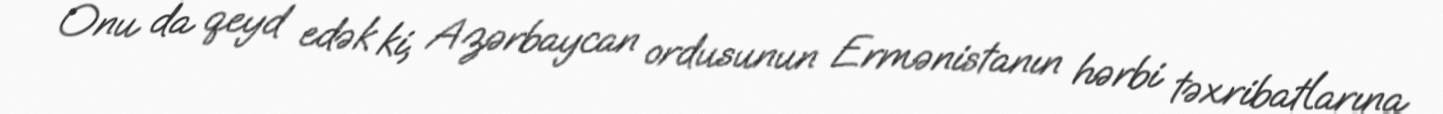
Onu da qeyd edək ki, Azərbaycan ordusunun Ermənistanın hərbi təxribatlarına